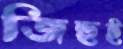
জিহুই